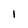
Character: 1